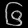
Digit: ၆